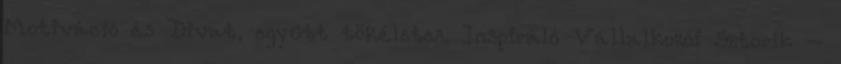
Motiváció és Divat, együtt tökéletes. Inspiráló Vállalkozói Sztorik –